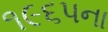
૧૯૬પના